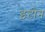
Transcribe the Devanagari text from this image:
इटोन